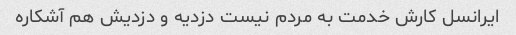
ایرانسل کارش خدمت به مردم نیست دزدیه و دزدیش هم آشکاره